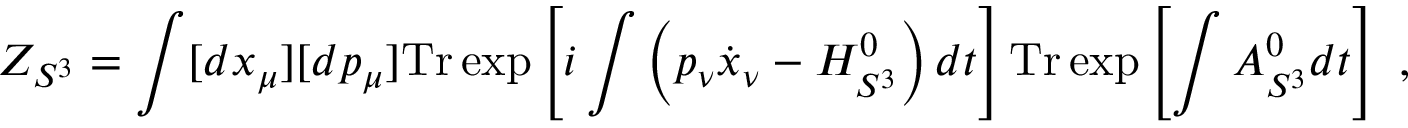
Z _ { S ^ { 3 } } = \int [ d x _ { \mu } ] [ d p _ { \mu } ] \mathrm { T r } \exp \left[ i \int \left( p _ { \nu } \dot { x } _ { \nu } - H _ { S ^ { 3 } } ^ { 0 } \right) d t \right] \mathrm { T r } \exp \left[ \int A _ { S ^ { 3 } } ^ { 0 } d t \right] \ ,